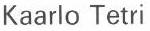
Kaarlo Tetri